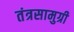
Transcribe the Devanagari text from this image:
तंत्रसामुग्री